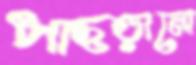
পাছড়ানো